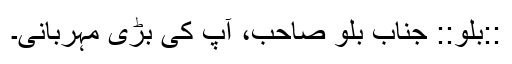
::بلو:: جناب بلو صاحب، آپ کی بڑی مہربانی۔